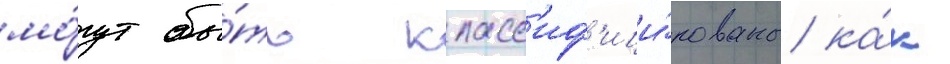
мо́гут бы́ть класс'иф'ици́рованы ка́к